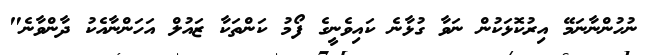
ނުހުންނާނަމޭ އިރުކޮޅަކުން ނަވާ ގުޅާނެ ކައިވެނީގެ ފޯމު ކަންތަކާ ޒައުލް އަހަންނާއެކު ދާންވާނެ"